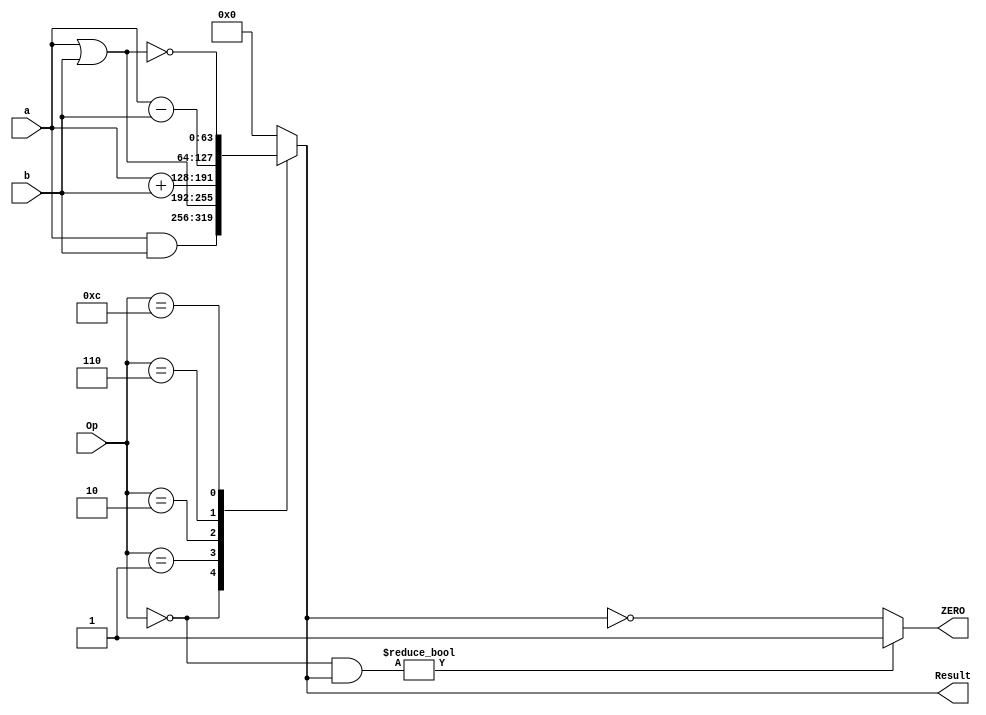
`timescale 1ns / 1ps
//////////////////////////////////////////////////////////////////////////////////
// Company: 
// Engineer: 
// 
// Design Name: 
// Module Name: ALU_64_bit
// Project Name: 
// Target Devices: 
// Tool Versions: 
// Description: 
// 
// Dependencies: 
// 
// Revision:
// Revision 0.01 - File Created
// Additional Comments:
// 
//////////////////////////////////////////////////////////////////////////////////


module ALU_64_bit(
input [63:0]a, b,
	input [3:0] Op,
	
	output reg [63:0] Result,
	output reg ZERO
);

localparam [3:0]
AND = 4'b0000,
OR	= 4'b0001,
ADD	= 4'b0010,
Sub	= 4'b0110,
NOR = 4'b1100;
wire BLT = 4'b1000; 

//assign ZERO = (Result == 0);

always @ (Op, a, b)
begin
	case (Op)
		AND: Result = a & b;
		OR:	 Result = a | b;
		ADD: Result = a + b;
		Sub: Result = a - b;
		NOR: Result = ~(a | b);
		BLT: Result = a < b;
		default: Result = 0;
	endcase
	
	if (Op == BLT & Result) ZERO = 1;
	else ZERO = (Result == 0);
end

endmodule